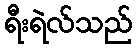
ရီးရဲလ်သည်